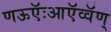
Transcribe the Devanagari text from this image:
णऊऍःआऍव्वॅण्